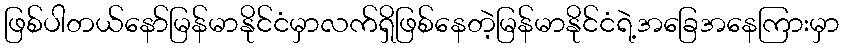
ဖြစ်ပါတယ်နော်မြန်မာနိုင်ငံမှာလက်ရှိဖြစ်နေတဲ့မြန်မာနိုင်ငံရဲ့အခြေအနေကြားမှာ